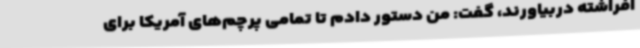
افراشته دربیاورند، گفت: من دستور دادم تا تمامی پرچم‌های آمریکا برای